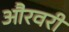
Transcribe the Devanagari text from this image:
औरवरी